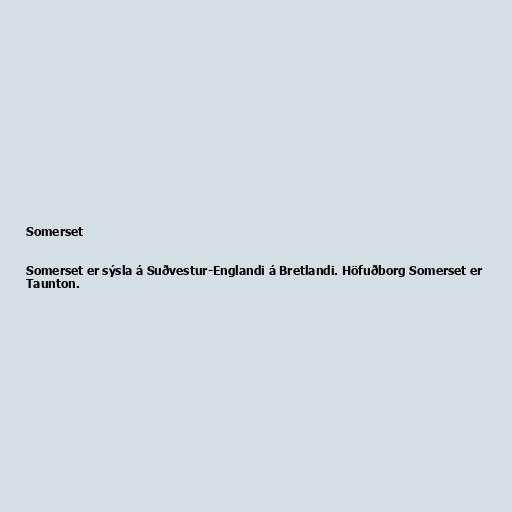
Somerset

Somerset er sýsla á Suðvestur-Englandi á Bretlandi. Höfuðborg Somerset er
Taunton.